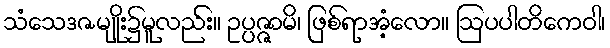
သံသေဒဇမျိုး၌မူလည်း။ ဥပ္ပဇ္ဇာမိ၊ ဖြစ်ရာအံ့လော။ ဩပပါတိကေဝါ၊